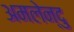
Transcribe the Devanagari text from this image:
अमलेन्दु